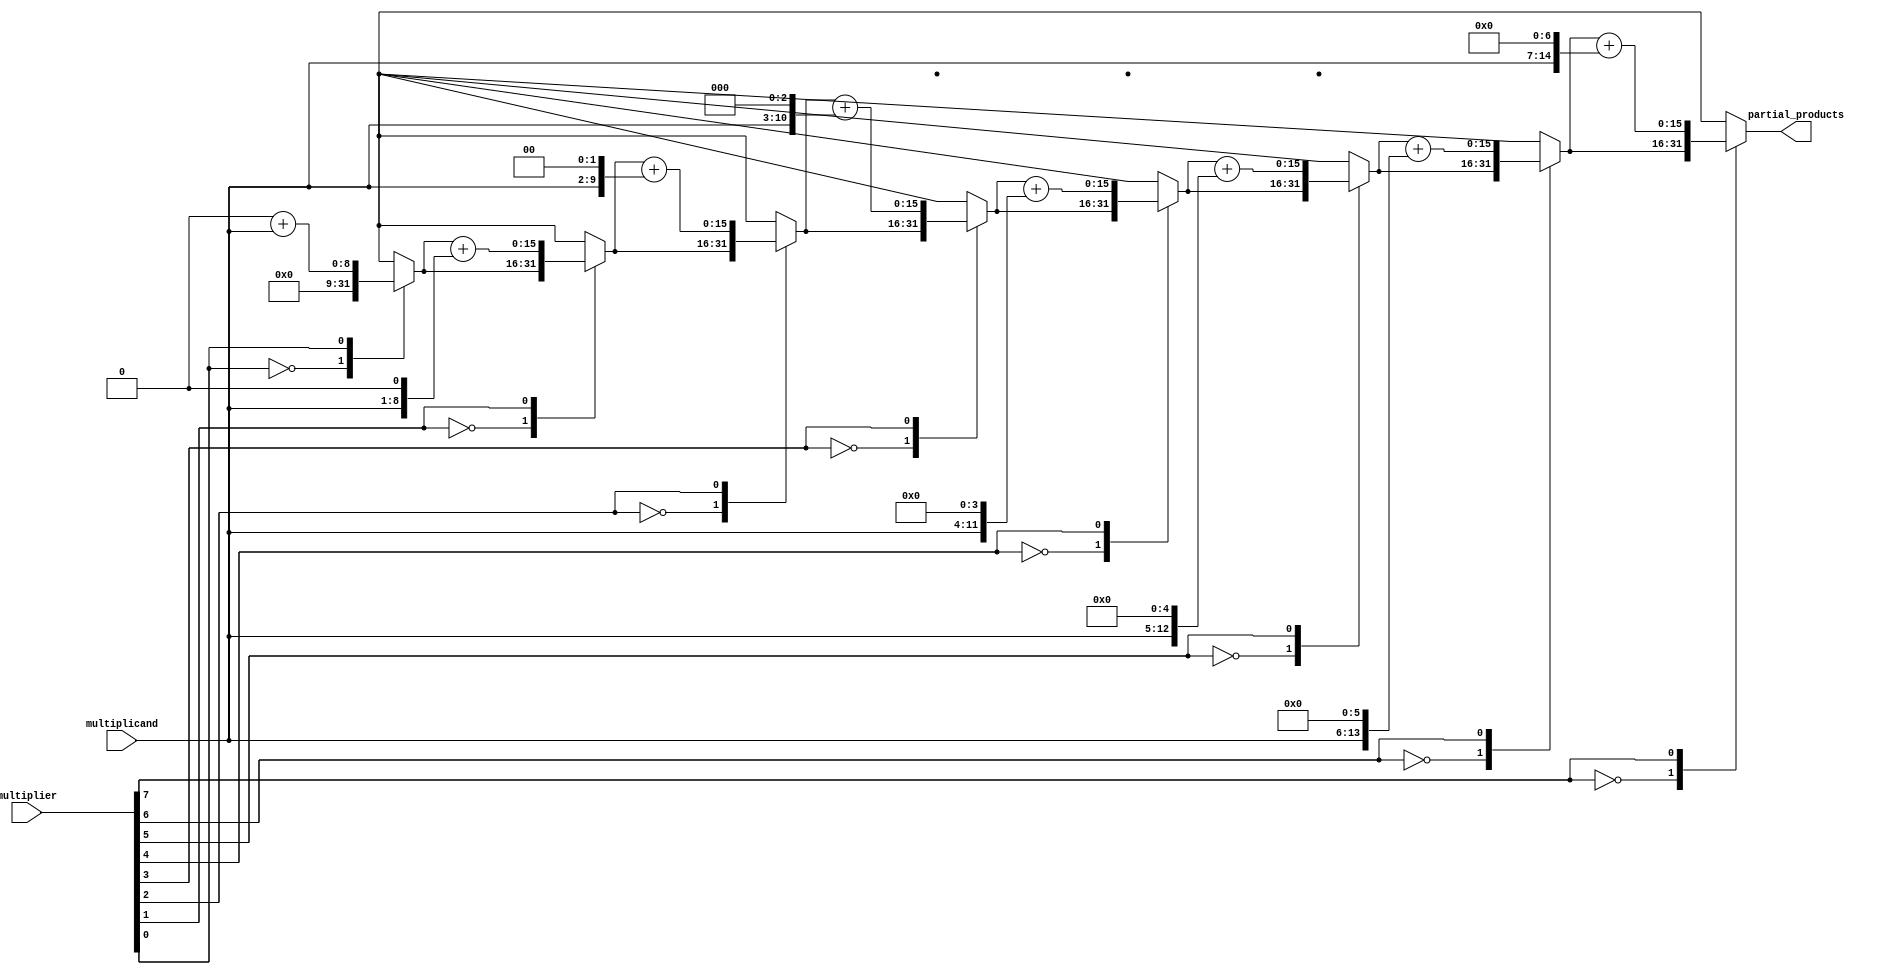
module booth_encoder (
    input [m-1:0] multiplier,
    input [n-1:0] multiplicand,
    output reg [2*n-1:0] partial_products
);
    parameter n = 8; // Width of multiplicand
    parameter m = 8; // Width of multiplier

    reg [1:0] prev_bit;
    integer i;

    always @(*) begin
        partial_products = 0;
        prev_bit = 2'b00; // Initializing previous bit to 0

        for (i = 0; i < m; i = i + 1) begin
            case ({prev_bit[0], multiplier[i]})
                2'b00: partial_products = partial_products; // 0
                2'b01: partial_products = partial_products + (multiplicand << i); // + Multiplicand * 2^i
                2'b10: partial_products = partial_products - (multiplicand << i); // - Multiplicand * 2^i
                2'b11: partial_products = partial_products; // No change
            endcase
            prev_bit = {multiplier[i], prev_bit[0]}; // Update previous bit
        end
    end
endmodule